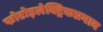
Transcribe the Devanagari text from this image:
फोटोइलेक्ट्रिकप्रभाव